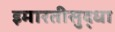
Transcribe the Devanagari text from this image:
इमारतीसुद्धा